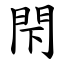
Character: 閇